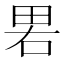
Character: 𰣁